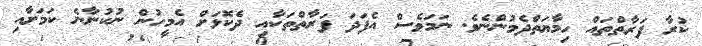
ކުރާ ފަރާތްތައް ހިމާޔަތްދެމުންނެވެ. ނަމަވެސް އެފަދަ ފަރާތްތަކާއި ދެކޮޅަށް އެމީހުން ނުކުނާނެ ކަމަށާއި